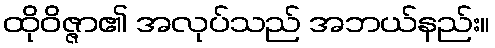
ထိုဝိဇ္ဇာ၏ အလုပ်သည် အဘယ်နည်း။